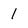
Character: 1